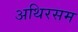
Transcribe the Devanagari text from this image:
अथिरसम